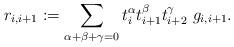
LaTeX: \begin{align*}r_{i,i+1}:= \sum_{\alpha+\beta+\gamma=0} t_i^\alpha t_{i+1}^{\beta} t_{i+2}^\gamma \ g_{i,i+1}.\end{align*}